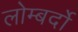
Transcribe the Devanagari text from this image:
लोम्बर्दो